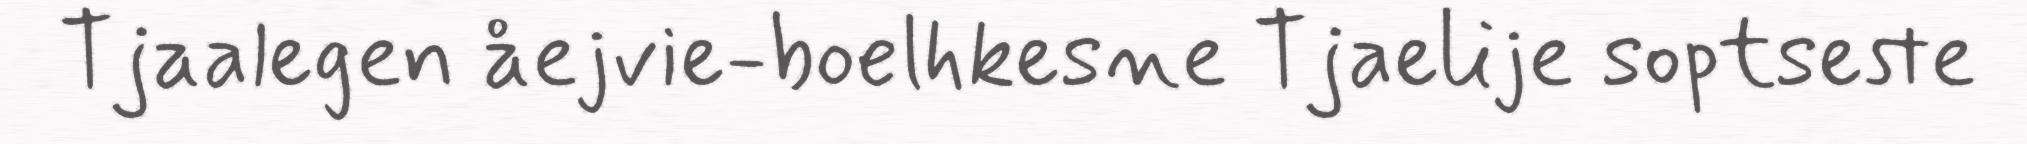
Tjaalegen åejvie-boelhkesne Tjaelije soptseste